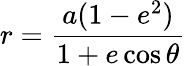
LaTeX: r={\frac{a(1-e^{2})}{1+e\cos\theta}}